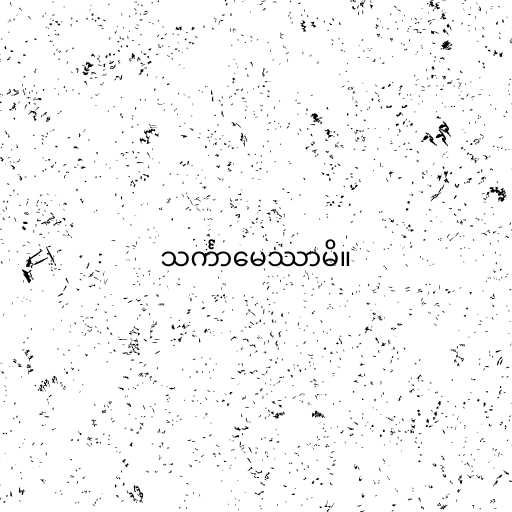
သင်္ကာမေဿာမိ။